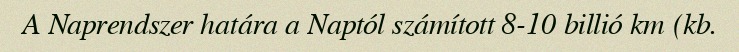
A Naprendszer határa a Naptól számított 8-10 billió km (kb.